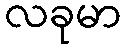
လခုမာ